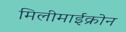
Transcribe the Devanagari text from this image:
मिलीमाईक्रोन